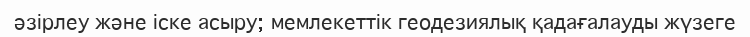
әзірлеу және іске асыру; мемлекеттік геодезиялық қадағалауды жүзеге